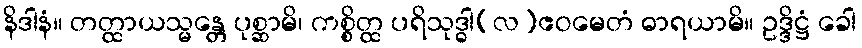
နိဒါနံ။ တတ္ထာယသ္မန္တေ ပုစ္ဆာမိ၊ ကစ္စိတ္ထ ပရိသုဒ္ဓါ(လ)ဧဝမေတံ ဓာရယာမိ။ ဥဒ္ဒိဋ္ဌံ ခေါ